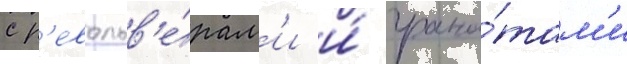
с р'евольв'е́рам'и и́ грана́там'и